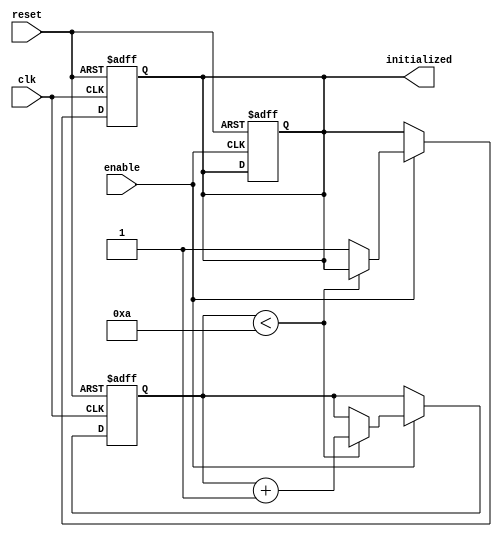
module ClockCycleInitialization (
    input wire clk,            // Clock signal
    input wire reset,          // Active-high reset signal
    input wire enable,         // Control signal for initialization
    output reg initialized     // Initialization flag
);

    // Internal state variable to manage initialization
    reg [3:0] init_counter;    // Counter for initialization cycles
    localparam INIT_CYCLES = 4'd10; // Define the number of cycles for initialization

    // Initialization state management
    always @(posedge clk or posedge reset) begin
        if (reset) begin
            // Reset state: initialize all registers and states
            initialized <= 1'b0;         // Deassert initialized flag
            init_counter <= 4'b0;        // Reset counter
        end else if (enable) begin
            // If enable is high, manage initialization
            if (init_counter < INIT_CYCLES) begin
                init_counter <= init_counter + 1; // Increment counter
            end else begin
                initialized <= 1'b1; // Assert initialized flag after completion
            end
        end
    end

    // Ensure that if reset is deasserted while enable is low, the state remains unchanged
    always @(negedge enable or posedge reset) begin
        if (reset) begin
            initialized <= 1'b0; // Reset the initialized flag
        end
    end

endmodule